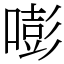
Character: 嘭